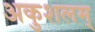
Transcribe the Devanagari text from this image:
अकुशलम्